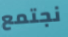
نجتمع